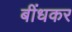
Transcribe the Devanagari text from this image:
बींधकर